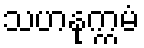
သဟနုက္ကမံ